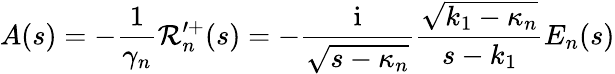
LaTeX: A(s)=-\frac{1}{\gamma_{n}}\mathcal{R}_{n}^{\prime+}(s)=-\frac{\mathrm{i}}{\sqrt{s-\kappa_{n}}}\frac{\sqrt{k_{1}-\kappa_{n}}}{s-k_{1}}E_{n}(s)